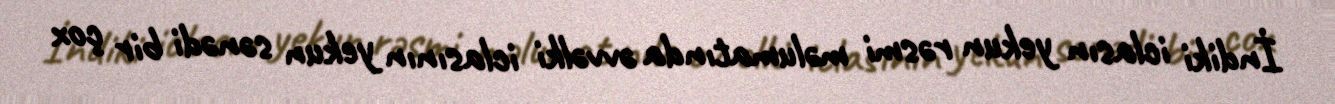
İndiki iclasın yekun rəsmi məlumatında əvvəlki iclasının yekun sənədi bir çox